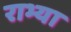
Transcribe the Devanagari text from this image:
राभ्या